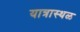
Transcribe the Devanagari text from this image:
यात्रास्थळ